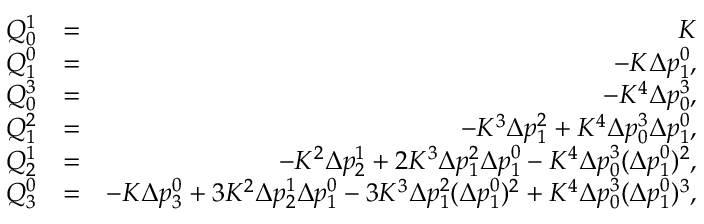
\begin{array} { r l r } { Q _ { 0 } ^ { 1 } } & { = } & { K } \\ { Q _ { 1 } ^ { 0 } } & { = } & { - K \Delta p _ { 1 } ^ { 0 } , } \\ { Q _ { 0 } ^ { 3 } } & { = } & { - K ^ { 4 } \Delta p _ { 0 } ^ { 3 } , } \\ { Q _ { 1 } ^ { 2 } } & { = } & { - K ^ { 3 } \Delta p _ { 1 } ^ { 2 } + K ^ { 4 } \Delta p _ { 0 } ^ { 3 } \Delta p _ { 1 } ^ { 0 } , } \\ { Q _ { 2 } ^ { 1 } } & { = } & { - K ^ { 2 } \Delta p _ { 2 } ^ { 1 } + 2 K ^ { 3 } \Delta p _ { 1 } ^ { 2 } \Delta p _ { 1 } ^ { 0 } - K ^ { 4 } \Delta p _ { 0 } ^ { 3 } ( \Delta p _ { 1 } ^ { 0 } ) ^ { 2 } , } \\ { Q _ { 3 } ^ { 0 } } & { = } & { - K \Delta p _ { 3 } ^ { 0 } + 3 K ^ { 2 } \Delta p _ { 2 } ^ { 1 } \Delta p _ { 1 } ^ { 0 } - 3 K ^ { 3 } \Delta p _ { 1 } ^ { 2 } ( \Delta p _ { 1 } ^ { 0 } ) ^ { 2 } + K ^ { 4 } \Delta p _ { 0 } ^ { 3 } ( \Delta p _ { 1 } ^ { 0 } ) ^ { 3 } , } \end{array}